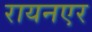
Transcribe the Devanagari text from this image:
रायनएर